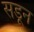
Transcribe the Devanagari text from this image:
सडून